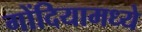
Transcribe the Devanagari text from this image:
गोंदियामध्ये